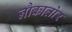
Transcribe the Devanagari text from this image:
नौकातोर